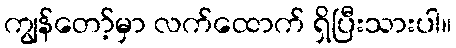
ကျွန်တော့်မှာ လက်ထောက် ရှိပြီးသားပါ။